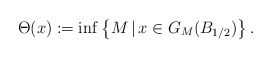
\begin{align*}\Theta(x):=\inf\left\{M\,|\,x\in G_M(B_{1/2})\right\}.\end{align*}